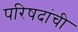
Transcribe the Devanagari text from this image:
परिषदांची